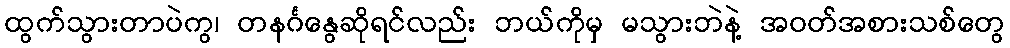
ထွက်သွားတာပဲကွ၊ တနင်္ဂနွေဆိုရင်လည်း ဘယ်ကိုမှ မသွားဘဲနဲ့ အဝတ်အစားသစ်တွေ